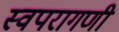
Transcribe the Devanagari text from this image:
स्वपरागणी